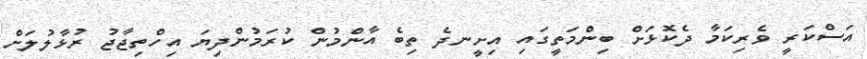
އަސްކަރީ ވެރިކަމާ ދެކޮޅަށް ބިންމަތީގައި އިށީނދެ ތިބެ އާންމުން ކުރަމުންދިޔަ އިހްތިޖާޖު ރުޅާލުލަށް